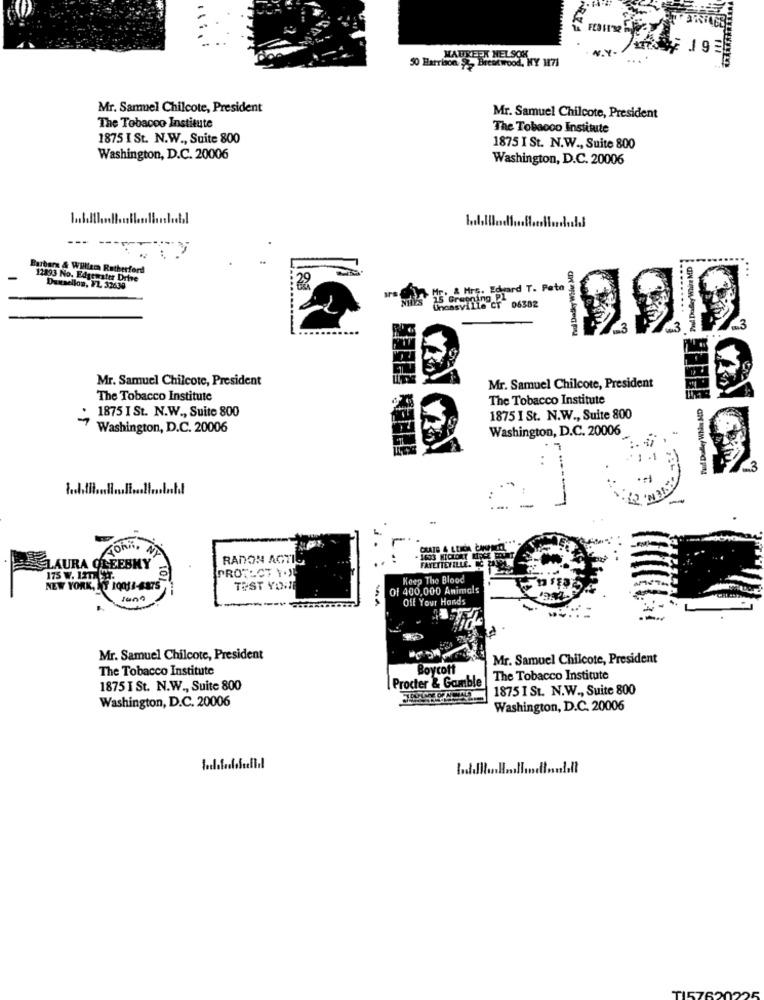
19
50 Harrison , Brentwood, MY
MAUREEN NELSCH 1971
Mr. Samuel Chilcote, President
The Tobacco Institute
Mr. Samuel Chilcote, President
The Tobacco Institute
1875 I St. N.W ., Suite 800
1875 I St. N.W ., Suite 800
Washington, D.C. 20006
Washington, D.C. 20006
Paul Dadky Wife MD
ky Ware MD
Barbars & Willler Rutherford
12893 No. Edgewater Drive
Duxsellos, FL 32630
HF. A Hrf. Egard T. Pata
.....
06302
Mr. Samuel Chilcote, President
Mr. Samuel Chilcote, President
The Tobacco Institute
The Tobacco Institute
Tauf Dudley WNa MD
1875 I St. N.W ., Suite 800
1875 I St. N.W ., Suite 800
Washington, D.C. 20006
Washington, D.C. 20006
-
....
- 1633 HICKORY MISCE
RADON ACTI
FAYETTEVILLE. MC ZA
LAURA OLEESMY
PROTECT Y.Y
175 W. IT. ST.
Keep The Blood
NEW YORK, NY 10014-4875
TEST YOU
Of 400,000 Animals
Off Your Hands
Mr. Samuel Chilcote, President
Mr. Samuel Chilcote, President
The Tobacco Institute
Boycott
Procter & Gamble
The Tobacco Institute
1875 I St. N.W ., Suite 800
1875 I St. N.W ., Suite 800
Washington, D.C. 20006
Washington, D.C. 20006
TI5765